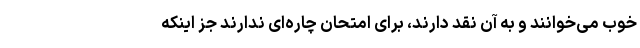
خوب می‌خوانند و به آن نقد دارند، برای امتحان چاره‌ای ندارند جز اینکه